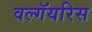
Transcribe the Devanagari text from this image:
वल्गॅयरिस